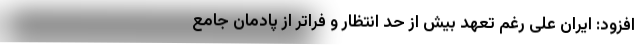
افزود: ایران علی رغم تعهد بیش از حد انتظار و فراتر از پادمان جامع